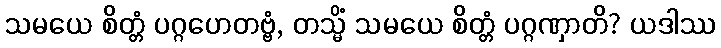
သမယေ စိတ္တံ ပဂ္ဂဟေတဗ္ဗံ, တသ္မိံ သမယေ စိတ္တံ ပဂ္ဂဏှာတိ? ယဒါဿ